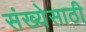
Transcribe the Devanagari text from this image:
संख्‍येसाठी